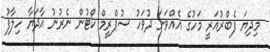
މިދިޔަ ފެބްރުއަރީ މަހުގެ އެއްވަނަ ދުވަހު ސުޕްރީމް ކޯޓުން ނެރުނު އާދަޔާ ހިލާފު